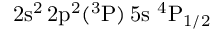
\mathrm { 2 s ^ { 2 } \, 2 p ^ { 2 } ( ^ { 3 } P ) \, 5 s ~ ^ { 4 } P _ { 1 / 2 } }